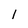
Character: 1